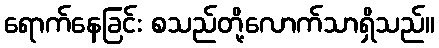
ရောက်နေခြင်း စသည်တို့လောက်သာရှိသည်။